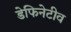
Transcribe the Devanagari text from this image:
डेफिनेटीव